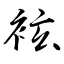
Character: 袨